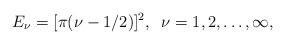
LaTeX: \begin{align*}E_\nu=[\pi(\nu-1/2)]^2,\;\;\nu=1,2,\ldots,\infty,\end{align*}